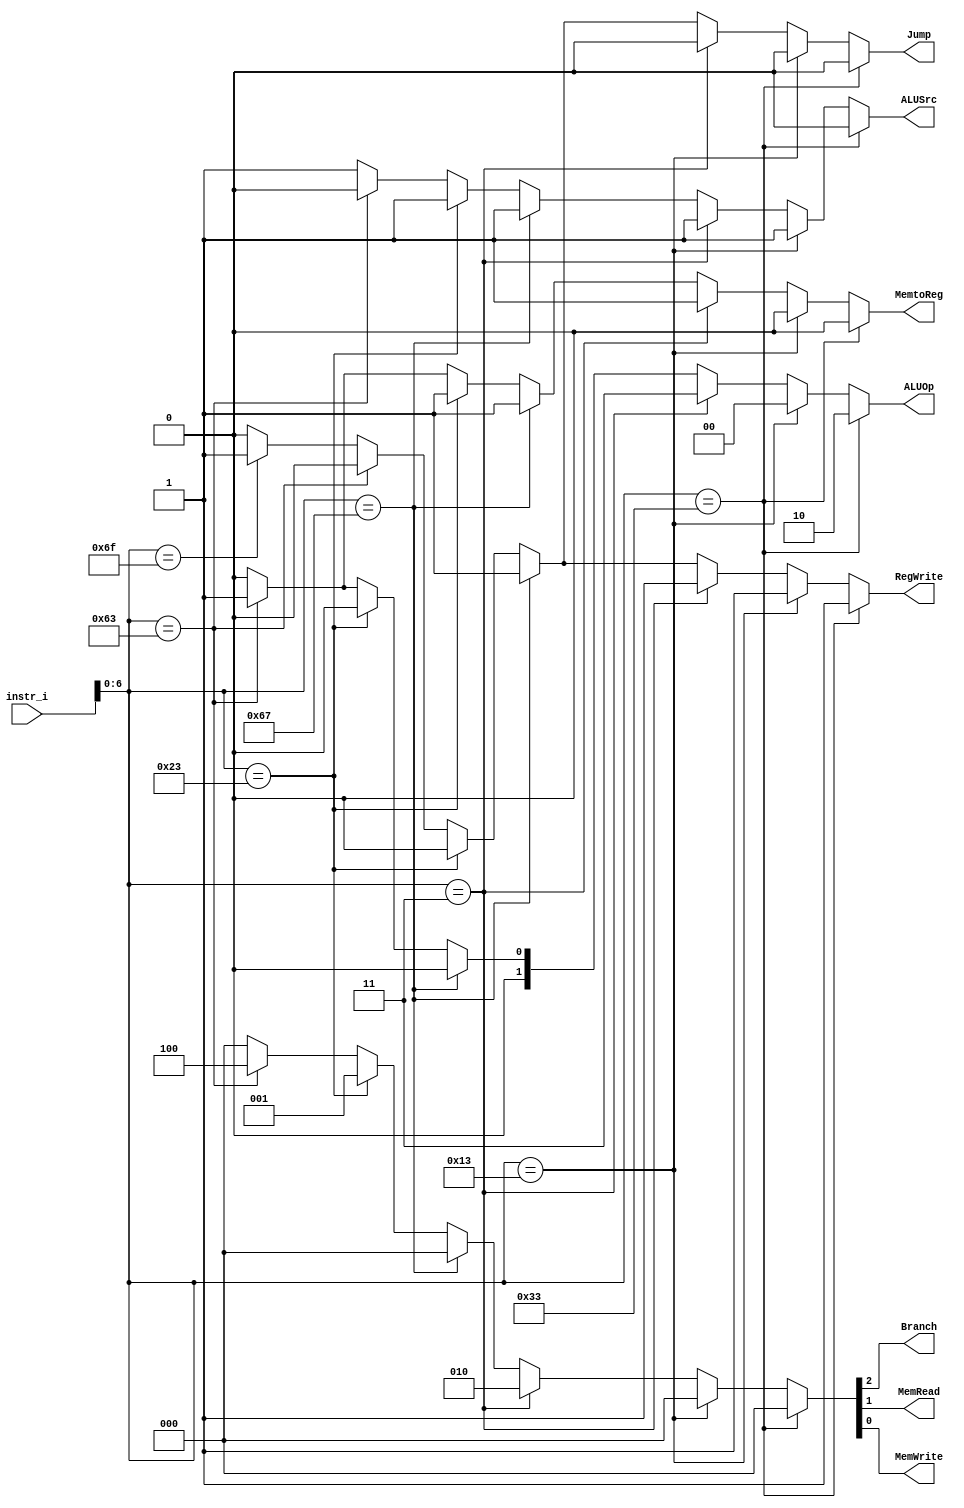
`timescale 1ns/1ps

module Decoder(
    input [32-1:0]  instr_i,
    output reg         Branch,
    output reg         ALUSrc, //diff
    output reg         RegWrite,
    output reg [2-1:0] ALUOp,
    output reg         MemRead,
    output reg         MemWrite,
    output reg         MemtoReg, //diff
    output reg         Jump
);

//Internal Signals
wire    [7-1:0]     opcode;
wire    [3-1:0]     funct3;
wire    [3-1:0]     Instr_field;
wire    [9:0]       Ctrl_o;

assign opcode = instr_i[6:0];

/* Write your code HERE */

always @(*) begin
    if (opcode==7'b0110011) begin  // r-type
        ALUOp <= 2'b10;
        ALUSrc <= 1'b0;
        {Branch,MemRead,MemWrite} <= 3'b000;
        RegWrite <= 1'b1;
        MemtoReg <= 1'b0;
        Jump <= 1'b0;
    end
    else if(opcode==7'b0010011) begin // addi or slti  or slli
        ALUOp <= 2'b00;
        ALUSrc <= 1'b1;
        {Branch,MemRead,MemWrite} <= 3'b000;
        RegWrite <= 1'b1;
        MemtoReg <= 1'b0;
        Jump <= 1'b0;
    end
    else if(opcode==7'b0000011) begin // load
        ALUOp <= 2'b11;//temp
        ALUSrc <= 1'b1;
        {Branch,MemRead,MemWrite} <= 3'b010;
        RegWrite <= 1'b1;
        MemtoReg <= 1'b1;
        Jump <= 1'b0;
    end
    else if(opcode==7'b1100111) begin //jalr, use in return
        ALUOp <= 2'b00; // don't care
        ALUSrc <= 1'b1; //x
        {Branch,MemRead,MemWrite} <= 3'b000;
        RegWrite <= 1'b1;
        MemtoReg <= 1'b1; //x
        Jump <= 1'b1;
    end
    else if(opcode==7'b0100011) begin //store
        ALUOp <= 2'b00; 
        ALUSrc <= 1'b1;
        {Branch,MemRead,MemWrite} <= 3'b001;
        RegWrite <= 1'b0;
        MemtoReg <= 1'b1; //x
        Jump <= 1'b0;
    end
    else if(opcode==7'b1100011) begin //branch
        ALUOp <= 2'b01; 
        ALUSrc <= 1'b0;
        {Branch,MemRead,MemWrite} <= 3'b100;
        RegWrite <= 1'b0;
        MemtoReg <= 1'b1;//x
        Jump <= 1'b0;
    end
    else if(opcode==7'b1101111) begin // jal
        ALUOp <= 2'b00; // don't care
        ALUSrc <= 1'b1;//x
        {Branch,MemRead,MemWrite} <= 3'b000;
        RegWrite <= 1'b1;
        MemtoReg <= 1'b0;//x
        Jump <= 1'b1;
    end
    else begin
        ALUOp <= 2'b00;
        ALUSrc <= 1'b1;//x
        {Branch,MemRead,MemWrite} <= 3'b000;
        RegWrite <= 1'b0;
        MemtoReg <= 1'b0;//x
        Jump <= 1'b0;
    end
end
endmodule